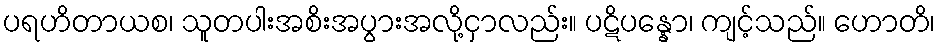
ပရဟိတာယစ၊ သူတပါးအစိးအပွားအလို့ငှာလည်း။ ပဋိပန္နော၊ ကျင့်သည်။ ဟောတိ၊